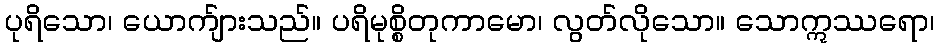
ပုရိသော၊ ယောက်ျားသည်။ ပရိမုစ္စိတုကာမော၊ လွတ်လိုသော။ သောဣဿရော၊